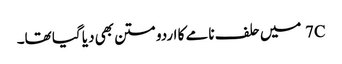
7C میں حلف نامے کا اردو متن بھی دیا گیا تھا۔